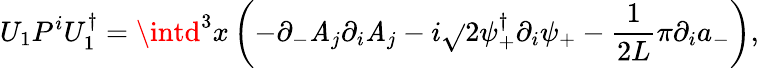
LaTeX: U_{1}P^{i}U_{1}^{\dagger}=\intd^{3}x\left(-\partial_{-}\mathit{A}_{j}\partial_{i}\mathit{A}_{j}-i\sqrt{}{{2}}\psi_{+}^{\dagger}\partial_{i}\psi_{+}-\frac{{1}}{{2L}}\pi\partial_{i}a_{-}\right),